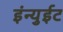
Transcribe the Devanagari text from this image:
इंन्युईट